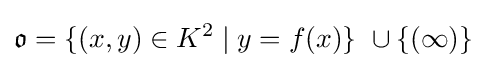
{\mathfrak {o}}=\{(x,y)\in K^{2}\;|\;y=f(x)\}\ \cup \{(\infty )\}\;